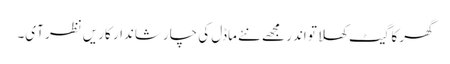
گھر کا گیٹ کھلا تو اندر مجھے نئے ماڈل کی چار شاندار کاریں نظر آی۔